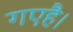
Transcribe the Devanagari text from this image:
गएहै।